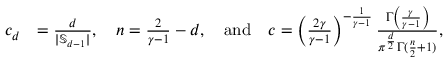
\begin{array} { r l } { c _ { d } } & { = \frac { d } { | \mathbb { S } _ { d - 1 } | } , \quad n = \frac { 2 } { \gamma - 1 } - d , \quad \mathrm { a n d } \quad c = \left( \frac { 2 \gamma } { \gamma - 1 } \right) ^ { - \frac { 1 } { \gamma - 1 } } \frac { \Gamma \left( \frac { \gamma } { \gamma - 1 } \right) } { \pi ^ { \frac d 2 } \Gamma ( \frac n 2 + 1 ) } , } \end{array}